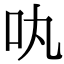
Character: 𠮬